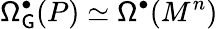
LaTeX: \mathsf{\Omega}_{\mathsf{G}}^{\bullet}(P)\simeq\mathsf{\Omega}^{\bullet}(M^{n})